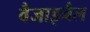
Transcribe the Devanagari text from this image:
वैजाइनैल